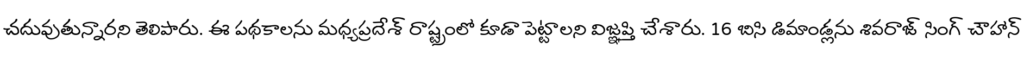
చదువుతున్నారని తెలిపారు. ఈ పథకాలను మధ్యప్రదేశ్ రాష్ట్రంలో కూడా పెట్టాలని విజ్ఞప్తి చేశారు. 16 బిసి డిమాండ్లను శివరాజ్ సింగ్ చౌహాన్